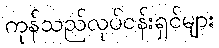
ကုန်သည်လုပ်ငန်းရှင်များ